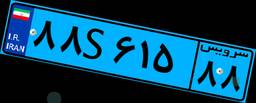
۲۳S۵۰۶۵۶